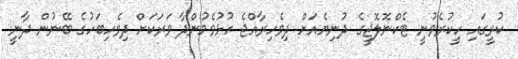
ކުރީގައި ހީކުރެވުނީ ޓެކްނޮލޮޖީގެ ދުނިޔެއަށް ދިވެހިރާއްޖެ ހުޅުވެމުންދާ ވަރަކަށް ދިވެހިބަހުގެ ބޭނުން ދާނީ